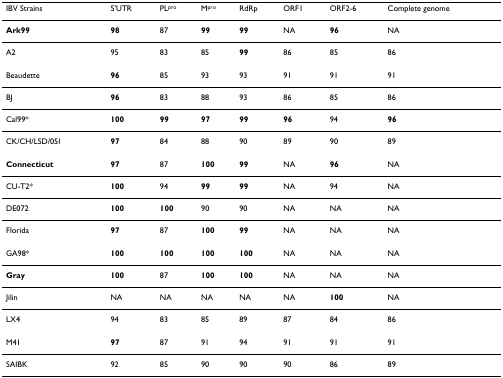
<table><thead><tr><td><b>IBV Strains</b></td><td><b>5&#x27;UTR</b></td><td><b>PL<sup>pro</sup></b></td><td><b>M<sup>pro</sup></b></td><td><b>RdRp</b></td><td><b>ORF1</b></td><td><b>ORF2-6</b></td><td><b>Complete genome</b></td></tr></thead><tbody><tr><td><b>Ark99</b></td><td><b>98</b></td><td>87</td><td><b>99</b></td><td><b>99</b></td><td>NA</td><td><b>96</b></td><td>NA</td></tr><tr><td>A2</td><td>95</td><td>83</td><td>85</td><td><b>99</b></td><td>86</td><td>85</td><td>86</td></tr><tr><td>Beaudette</td><td><b>96</b></td><td>85</td><td>93</td><td>93</td><td>91</td><td>91</td><td>91</td></tr><tr><td>BJ</td><td><b>96</b></td><td>83</td><td>88</td><td>93</td><td>86</td><td>85</td><td>86</td></tr><tr><td>Cal99*</td><td><b>100</b></td><td><b>99</b></td><td><b>97</b></td><td><b>99</b></td><td><b>96</b></td><td>94</td><td><b>96</b></td></tr><tr><td>CK/CH/LSD/05I</td><td><b>97</b></td><td>84</td><td>88</td><td>90</td><td>89</td><td>90</td><td>89</td></tr><tr><td><b>Connecticut</b></td><td><b>97</b></td><td>87</td><td><b>100</b></td><td><b>99</b></td><td>NA</td><td><b>96</b></td><td>NA</td></tr><tr><td>CU-T2*</td><td><b>100</b></td><td>94</td><td><b>99</b></td><td><b>99</b></td><td>NA</td><td>94</td><td>NA</td></tr><tr><td>DE072</td><td><b>100</b></td><td><b>100</b></td><td>90</td><td>90</td><td>NA</td><td>NA</td><td>NA</td></tr><tr><td>Florida</td><td><b>97</b></td><td>87</td><td><b>100</b></td><td><b>99</b></td><td>NA</td><td>NA</td><td>NA</td></tr><tr><td>GA98*</td><td><b>100</b></td><td><b>100</b></td><td><b>100</b></td><td><b>100</b></td><td>NA</td><td>NA</td><td>NA</td></tr><tr><td><b>Gray</b></td><td><b>100</b></td><td>87</td><td><b>100</b></td><td><b>100</b></td><td>NA</td><td>NA</td><td>NA</td></tr><tr><td>Jilin</td><td>NA</td><td>NA</td><td>NA</td><td>NA</td><td>NA</td><td><b>100</b></td><td>NA</td></tr><tr><td>LX4</td><td>94</td><td>83</td><td>85</td><td>89</td><td>87</td><td>84</td><td>86</td></tr><tr><td>M41</td><td><b>97</b></td><td>87</td><td>91</td><td>94</td><td>91</td><td>91</td><td>91</td></tr><tr><td>SAIBK</td><td>92</td><td>85</td><td>90</td><td>90</td><td>90</td><td>86</td><td>89</td></tr></tbody></table>